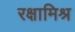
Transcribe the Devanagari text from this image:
रक्षामिश्र